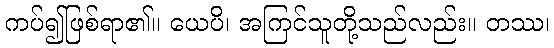
ကပ်၍ဖြစ်ရာ၏။ ယေပိ၊ အကြင်သူတို့သည်လည်း။ တဿ၊